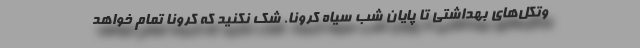
وتکل‌های بهداشتی تا پایان شب سیاه کرونا. شک نکنید که کرونا تمام خواهد